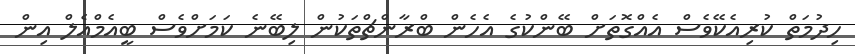
ހިދުމަތްް ކުރިއެކޭވެސް އެއްގޮތަށް ބޭންކުގެ އެހެން ބްރާންޗްތަކުން ލިބޭނެ ކަމަށްވެސް ބީއެމްއެލް އިން